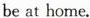
be at home.